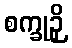
စက္ခုဉှိ